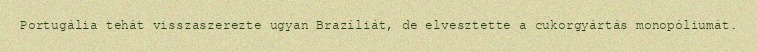
Portugália tehát visszaszerezte ugyan Brazíliát, de elvesztette a cukorgyártás monopóliumát.